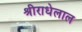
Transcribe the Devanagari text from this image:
श्रीराधेलाल